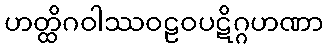
ဟတ္ထိဂဝါဿဝဠဝပဋိဂ္ဂဟဏာ